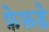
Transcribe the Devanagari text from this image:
फ़ेफ़डे